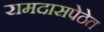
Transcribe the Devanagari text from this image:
रामदासपेठेत